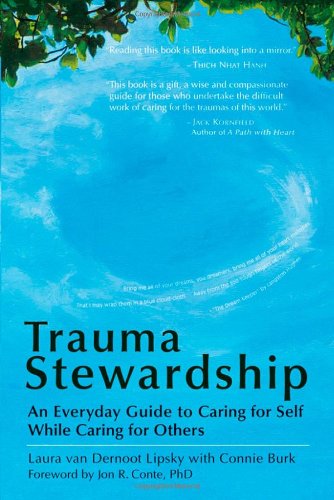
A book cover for Trauma Stewardship: An Everyday Guide to Caring for Self While Caring for Others; Laura Van Dernoot Lipsky; Health, Fitness & Dieting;